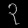
Digit: ၃